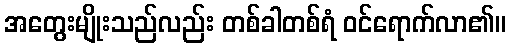
အတွေးမျိုးသည်လည်း တစ်ခါတစ်ရံ ဝင်ရောက်လာ၏။